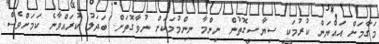
މަގާމަށް އައްޔަން ކުރުމަކީ ސިޔާސީގޮތުން ނިންމާ ނިންމުމަކަށް ނުވާގޮތަށް ބަދަލު ކުރައްވާނެ ކަމަށްވެސް